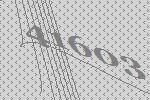
41603